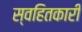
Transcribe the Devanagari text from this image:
स्वहितकारी